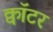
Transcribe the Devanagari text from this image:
क्वॉटर